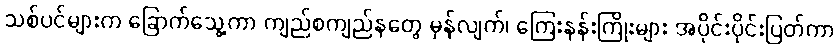
သစ်ပင်များက ခြောက်သွေ့ကာ ကျည်စကျည်နတွေ မှန်လျက်၊ ကြေးနန်းကြိုးများ အပိုင်းပိုင်းပြတ်ကာ